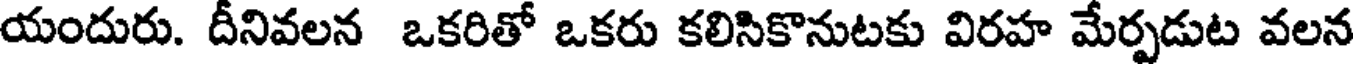
యందురు. దీనివలన ఒకరితో ఒకరు కలిసికొనుటకు విరహ మేర్పడుట వలన